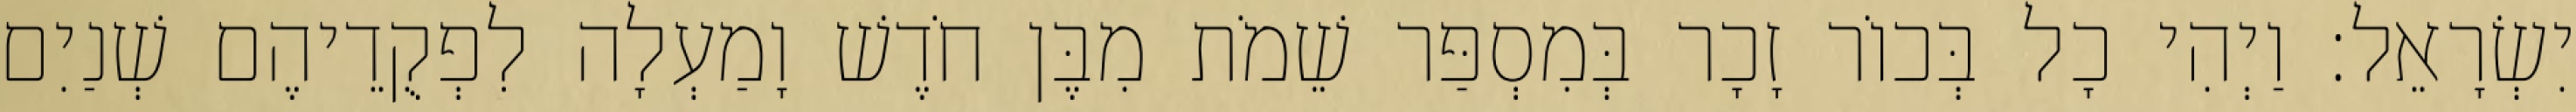
יִשְׂרָאֵל׃ וַיְהִי כָל בְּכוֹר זָכָר בְּמִסְפַּר שֵׁמֹת מִבֶּן חֹדֶשׁ וָמַעְלָה לִפְקֻדֵיהֶם שְׁנַיִם